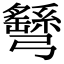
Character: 𢑂